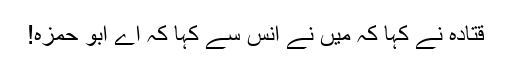
قتادہ نے کہا کہ میں نے انسؓ سے کہا کہ اے ابو حمزہ!